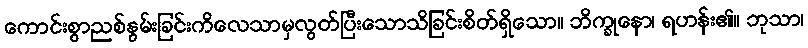
ကောင်းစွာညစ်နွမ်းခြင်းကိလေသာမှလွတ်ပြီးသောသိခြင်းစိတ်ရှိသော။ ဘိက္ခုနော၊ ရဟန်း၏။ ဘုသာ၊